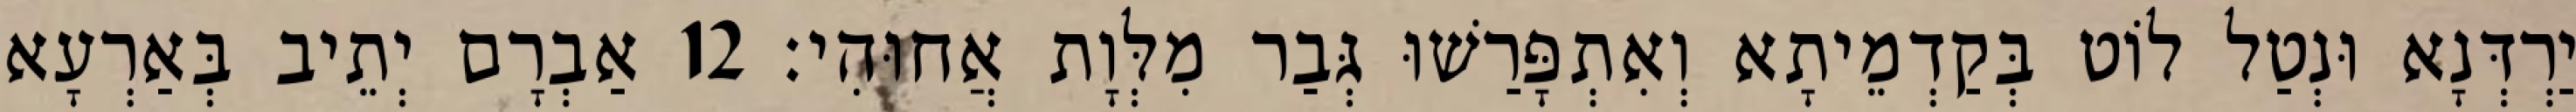
יַרְדְּנָא וּנְטַל לוֹט בְּקַדְמֵיתָא וְאִתְפָּרַשׁוּ גְּבַר מִלְּוָת אֲחוּהִי׃ 12 אַבְרָם יְתֵיב בְּאַרְעָא